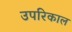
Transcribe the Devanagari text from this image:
उपरिकाल